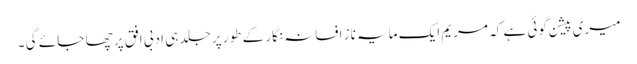
میری پیشن گوئی ہے کہ مریم ایک مایہ ناز افسانہ نگار کے طور پر جلد ہی ادبی افق پر چھا جا ئے گی ۔